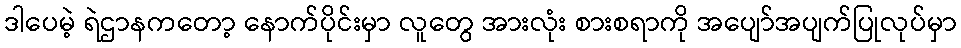
ဒါပေမဲ့ ရဲဌာနကတော့ နောက်ပိုင်းမှာ လူတွေ အားလုံး စားစရာကို အပျော်အပျက်ပြုလုပ်မှာ